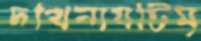
দখিনাযটিমৃ